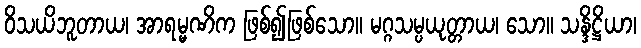
ဝိသယိဘူတာယ၊ အာရမ္မဏိက ဖြစ်၍ဖြစ်သော။ မဂ္ဂသမ္ပယုတ္တာယ၊ သော။ သန္ဒိဋ္ဌိယာ၊